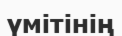
үмітінің